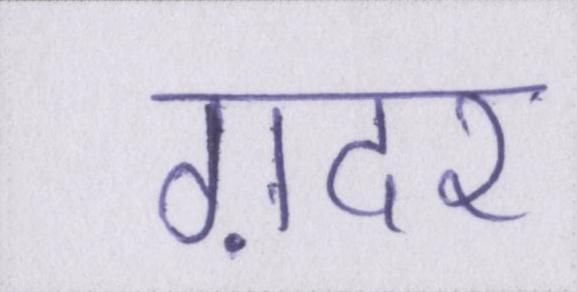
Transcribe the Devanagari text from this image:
ग़दर